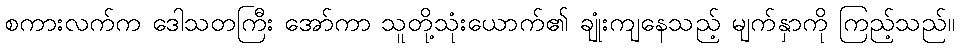
စကားလက်က ဒေါသတကြီး အော်ကာ သူတို့သုံးယောက်၏ ချုံးကျနေသည့် မျက်နှာကို ကြည့်သည်။